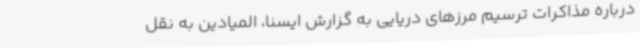
درباره مذاکرات ترسیم مرزهای دریایی به گزارش ایسنا، المیادین به نقل